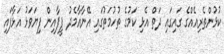
ކުޅުންތެރިއެއްގެ ގައިގައި ދަތް އެޅި ކަމުގެ ތުހުމަތުގައި އޭނާއާމެދު ފީފާއިން ފިޔަވަޅު އަޅާފައި